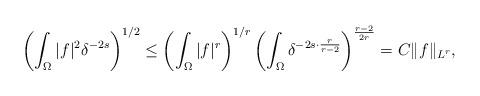
LaTeX: \begin{align*}\left(\int_{\Omega}|f|^2\delta^{-2s}\right)^{1/2}\le\left(\int_{\Omega}|f|^{r}\right)^{1/r}\left(\int_{\Omega}\delta^{-2s\cdot\frac{r}{r-2}}\right)^{\frac{r-2}{2r}}=C\|f\|_{L^{r}},\end{align*}